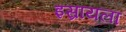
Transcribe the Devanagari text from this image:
इस्रायला